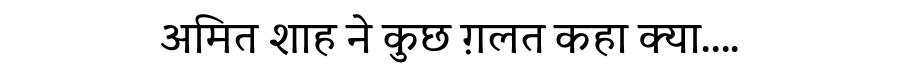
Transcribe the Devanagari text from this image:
अमित शाह ने कुछ ग़लत कहा क्या....